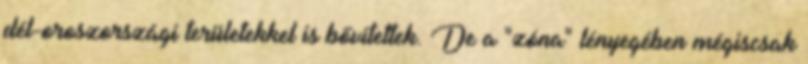
dél-oroszországi területekkel is bővítettek. De a "zóna" lényegében mégiscsak